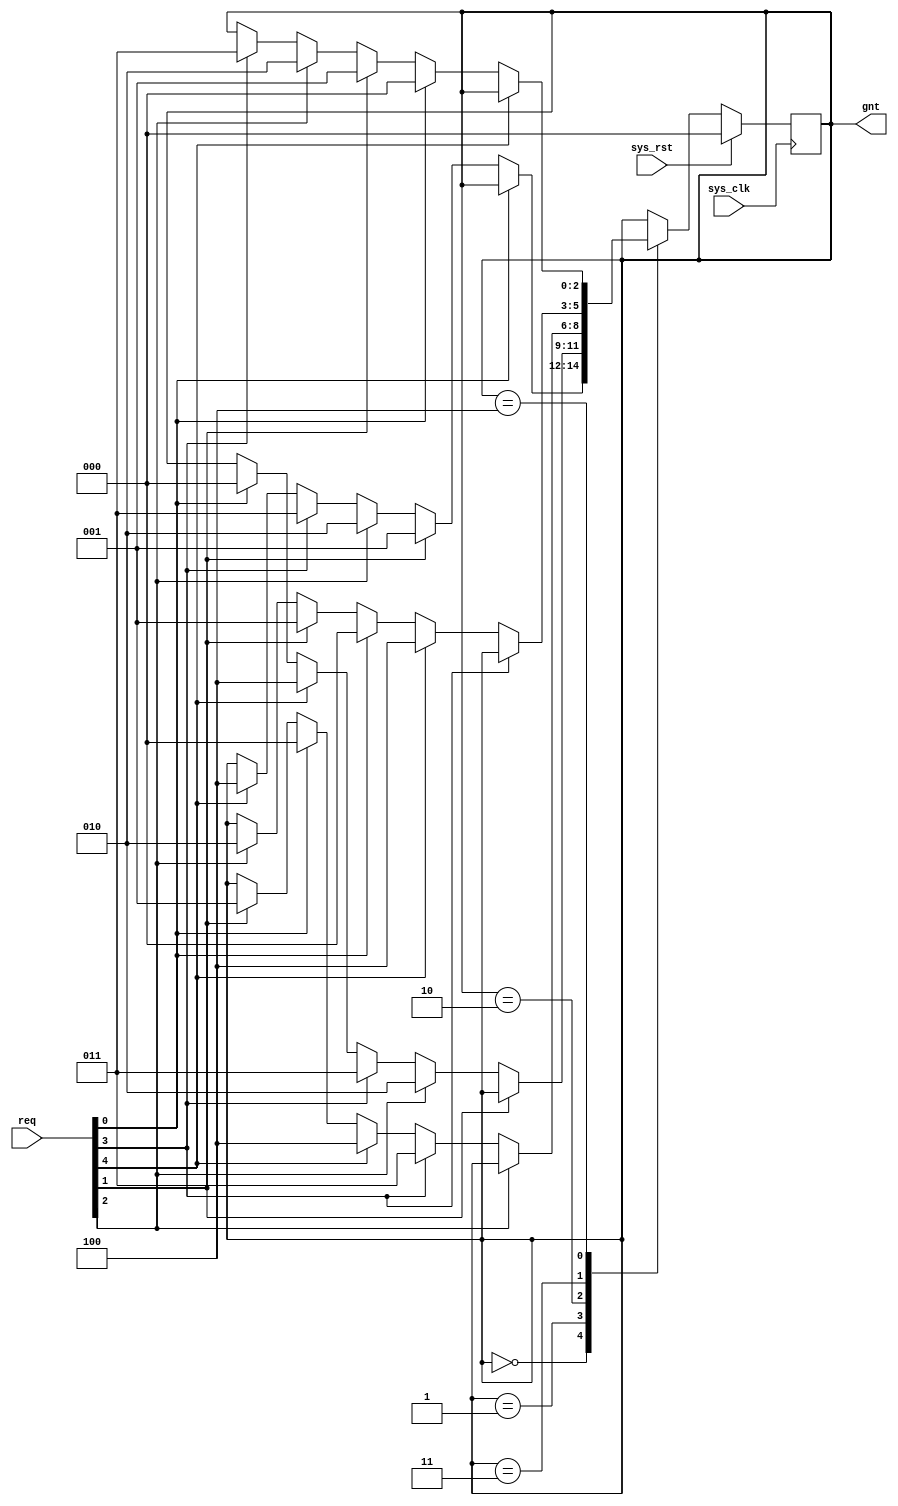
module conbus_arb5(
	input sys_clk,
	input sys_rst,
	
	input [4:0] req,
	output [2:0] gnt
);

reg [2:0] state;
reg [2:0] next_state;

assign gnt = state;

always @(posedge sys_clk) begin
	if(sys_rst)
		state <= 3'd0;
	else
		state <= next_state;
end

always @(*) begin
	next_state = state;
	case(state)
		3'd0: begin
			if(~req[0]) begin
				     if(req[1]) next_state = 3'd1;
				else if(req[2]) next_state = 3'd2;
				else if(req[3]) next_state = 3'd3;
				else if(req[4]) next_state = 3'd4;
			end
		end
		3'd1: begin
			if(~req[1]) begin
				     if(req[2]) next_state = 3'd2;
				else if(req[3]) next_state = 3'd3;
				else if(req[4]) next_state = 3'd4;
				else if(req[0]) next_state = 3'd0;
			end
		end
		3'd2: begin
			if(~req[2]) begin
				     if(req[3]) next_state = 3'd3;
				else if(req[4]) next_state = 3'd4;
				else if(req[0]) next_state = 3'd0;
				else if(req[1]) next_state = 3'd1;
			end
		end
		3'd3: begin
			if(~req[3]) begin
				     if(req[4]) next_state = 3'd4;
				else if(req[0]) next_state = 3'd0;
				else if(req[1]) next_state = 3'd1;
				else if(req[2]) next_state = 3'd2;
			end
		end
		3'd4: begin
			if(~req[4]) begin
				     if(req[0]) next_state = 3'd0;
				else if(req[1]) next_state = 3'd1;
				else if(req[2]) next_state = 3'd2;
				else if(req[3]) next_state = 3'd3;
			end
		end
	endcase
end

endmodule